system: You are a helpful assistant.
user:
Analyze the provided spectrum to determine if it is a **S-type Star**.

- **Key Indicators for S-type Star:**

    - **(Overall Spectrum Shape):** The first and most obvious characteristic is the overall continuum (the "baseline" shape). It is **extremely "red-sloping,"** meaning the flux (light intensity) is very low on the left side (blue, ~4000-4500 Å) and rises steeply and continuously toward the right side (red, ~7000 Å+).

    - **(Primary):** The spectrum is defined by the presence of strong, broad molecular absorption "valleys" (bands) from **Zirconium Oxide (ZrO)**. The identification of these bands is the **primary requirement** for classifying a star as S-type.
        - **(Key Bandheads):** You must find distinct, deep "dips" where the light has been absorbed. The most critical band systems to locate are:
            - **~6474 Å** ($\gamma$-system): This is often the strongest and clearest ZrO feature, found in the red part of the spectrum.
            - **~5718 Å** & **~5551 Å** ($\beta$-system): A pair of prominent absorption features in the yellow-orange part of the spectrum.
            - **~4640 Å** ($\alpha$-system): A key absorption band system in the blue-green region of the spectrum.

    - **(Secondary Confirmation):** The classification is strengthened by finding additional absorption bands from other related heavy element oxides, which are expected to be present alongside ZrO.
        - **(Key Bandheads):**
            - **Yttrium Oxide (YO):** Look for absorption dips near **~4800 Å** and **~6100 Å**.
            - **Lanthanum Oxide (LaO):** Additional absorption features, particularly in the red-orange part of the spectrum, are also characteristic.

    - **(Line Profile):** The combination of the steep red continuum and these numerous, deep molecular bands (ZrO, YO, etc.) gives the entire spectrum a very **"chopped-up"** or **"bumpy"** appearance. Instead of a smooth curve, the spectrum looks as though large, wide chunks of light have been "carved out" of it at the specific wavelengths listed above.

Think first, call **spectral_visualization_tool** if needed to examine features in detail, then provide your final answer. Your response must adhere to the following strict rules:
1.  **Overall Structure:** Your response must follow the format `<think>...</think> <tool_call>...</tool_call> (if a tool is used) <answer>...</answer>`.
2.  **Tool Usage Constraint:** You may only make **one** tool call per turn.
3.  **Final Answer Format:** In the `<answer>` tag, your conclusion must be inside a `\boxed{}` command (e.g., `\boxed{YES}` or `\boxed{NO}`), followed by your justification.

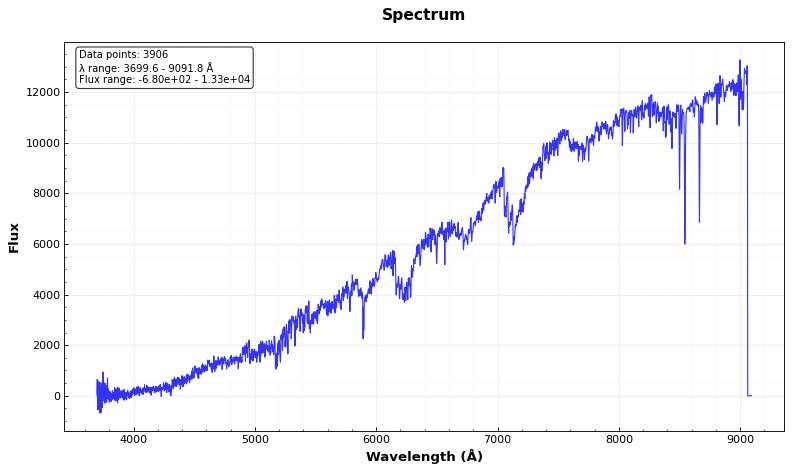
Answer: NO